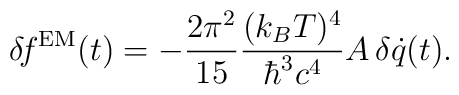
\delta\!f^{\rm EM}(t) = - {2\pi^2\over 15} {(k_B T)^4\over \hbar^3 c^4} A \,\delta \dot{q}(t).